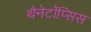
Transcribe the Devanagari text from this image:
थैनेटॉॅप्सिस